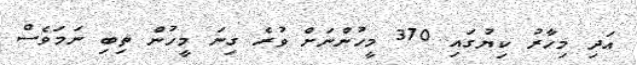
އަދި މިހާރު ކިޔުގައި 370 މީހުންނަށް ވުރެ ގިނަ މީހުން ތިބި ނަމަވެސް